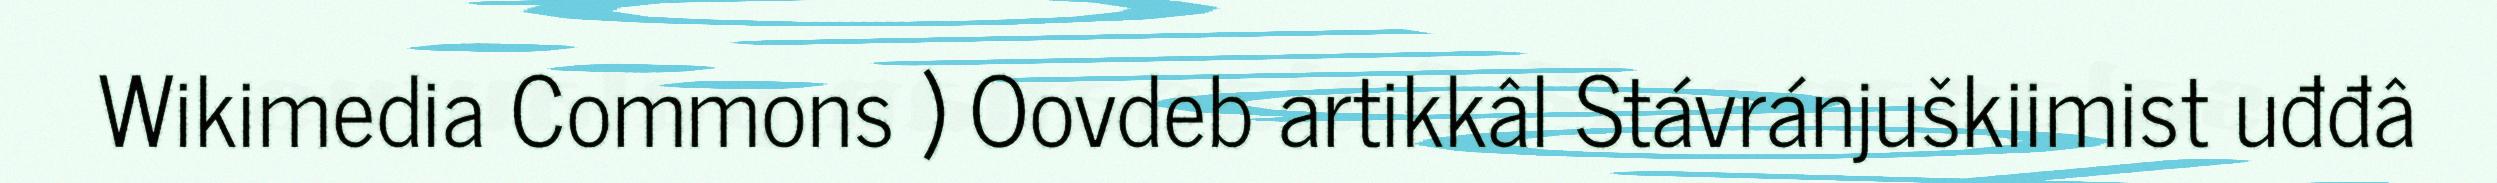
Wikimedia Commons ) Oovdeb artikkâl Stávránjuškiimist uđđâ